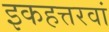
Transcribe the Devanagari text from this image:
इकहत्तरवां